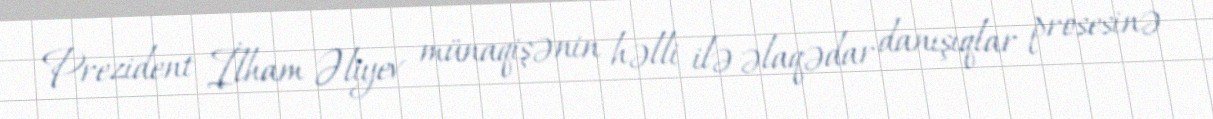
Prezident İlham Əliyev münaqişənin həlli ilə əlaqədar danışıqlar prosesinə